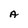
Character: A